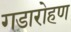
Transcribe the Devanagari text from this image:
गडारोहण